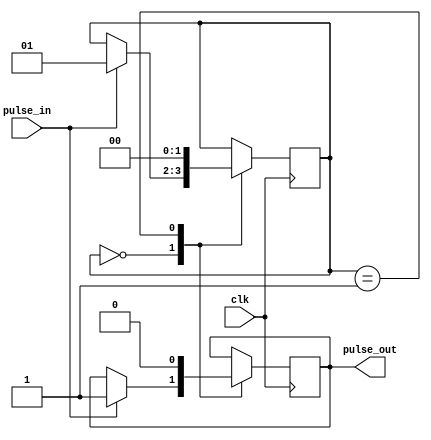
module PulseSynchronizer (
    input wire pulse_in,
    input wire clk,
    output reg pulse_out
);

reg [1:0] state;

parameter IDLE = 2'b00;
parameter SENDING = 2'b01;

always @(posedge clk) begin
    case(state)
        IDLE: begin
            if(pulse_in) begin
                pulse_out <= 1'b1;
                state <= SENDING;
            end
        end
        SENDING: begin
            pulse_out <= 1'b0;
            state <= IDLE;
        end
    endcase
end

endmodule